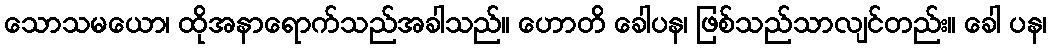
သောသမယော၊ ထိုအနာရောက်သည်အခါသည်။ ဟောတိ ခေါပန၊ ဖြစ်သည်သာလျင်တည်း။ ခေါ ပန၊